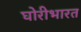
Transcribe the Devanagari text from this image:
घोरीभारत